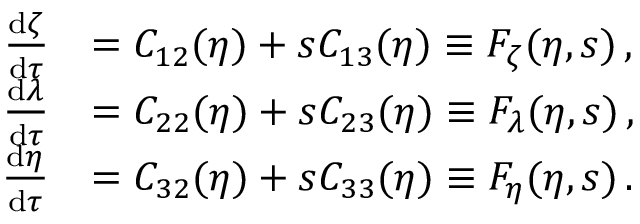
\begin{array} { r l } { \frac { \mathrm { d } \zeta } { \mathrm { d } \tau } } & { = C _ { 1 2 } ( \eta ) + s C _ { 1 3 } ( \eta ) \equiv F _ { \zeta } ( \eta , s ) \, , } \\ { \frac { \mathrm { d } \lambda } { \mathrm { d } \tau } } & { = C _ { 2 2 } ( \eta ) + s C _ { 2 3 } ( \eta ) \equiv F _ { \lambda } ( \eta , s ) \, , } \\ { \frac { \mathrm { d } \eta } { \mathrm { d } \tau } } & { = C _ { 3 2 } ( \eta ) + s C _ { 3 3 } ( \eta ) \equiv F _ { \eta } ( \eta , s ) \, . } \end{array}